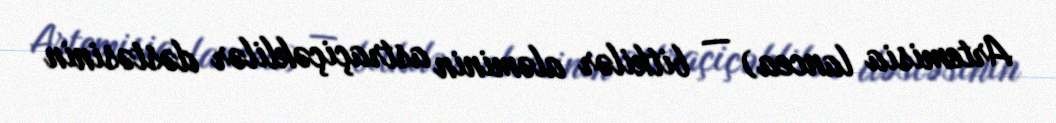
Artemisia lancea) — bitkilər aləminin astraçiçəklilər dəstəsinin